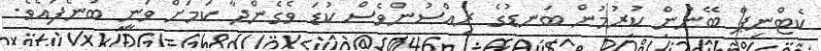
ކެޓްނިޕް ބޭނުން ކުރުމުން ބަނޑުގެ ރިއްސުންވެސް ކުޑަ ވެގެންދާ ކަމަށް ވަނީ ބުނެފައެވެ.